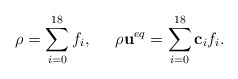
\begin{align*}\rho = \sum\limits_{i = 0}^{18} {{f_i}} ,\;\;\;\;\;\rho {{\bf{u}}^{eq}} = \sum\limits_{i = 0}^{18} {{{\bf{c}}_i}{f_i}} .\end{align*}